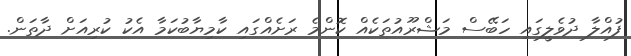
ފުއްލާ ދުވެލީގައި ހަބޭސް މަޝްރޫއުތަކެއް ކޮންމެ ރަށެއްގައި ކާމިޔާބުކަމާ އެކު ކުރިއަށް ދާތަން.